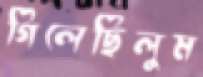
গিলেছিলুম